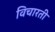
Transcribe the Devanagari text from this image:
विचारती